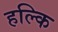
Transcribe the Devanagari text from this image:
हल्कि